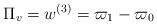
LaTeX: \begin{align*} \Pi_v = w^{(3)} = \varpi_1 - \varpi_0\end{align*}